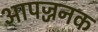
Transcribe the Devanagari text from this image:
आपज्जनक